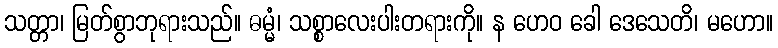
သတ္တာ၊ မြတ်စွာဘုရားသည်။ ဓမ္မံ၊ သစ္စာလေးပါးတရားကို။ န ဟေဝ ခေါ ဒေသေတိ၊ မဟော။